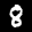
Label: 8